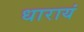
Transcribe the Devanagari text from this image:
धारायं